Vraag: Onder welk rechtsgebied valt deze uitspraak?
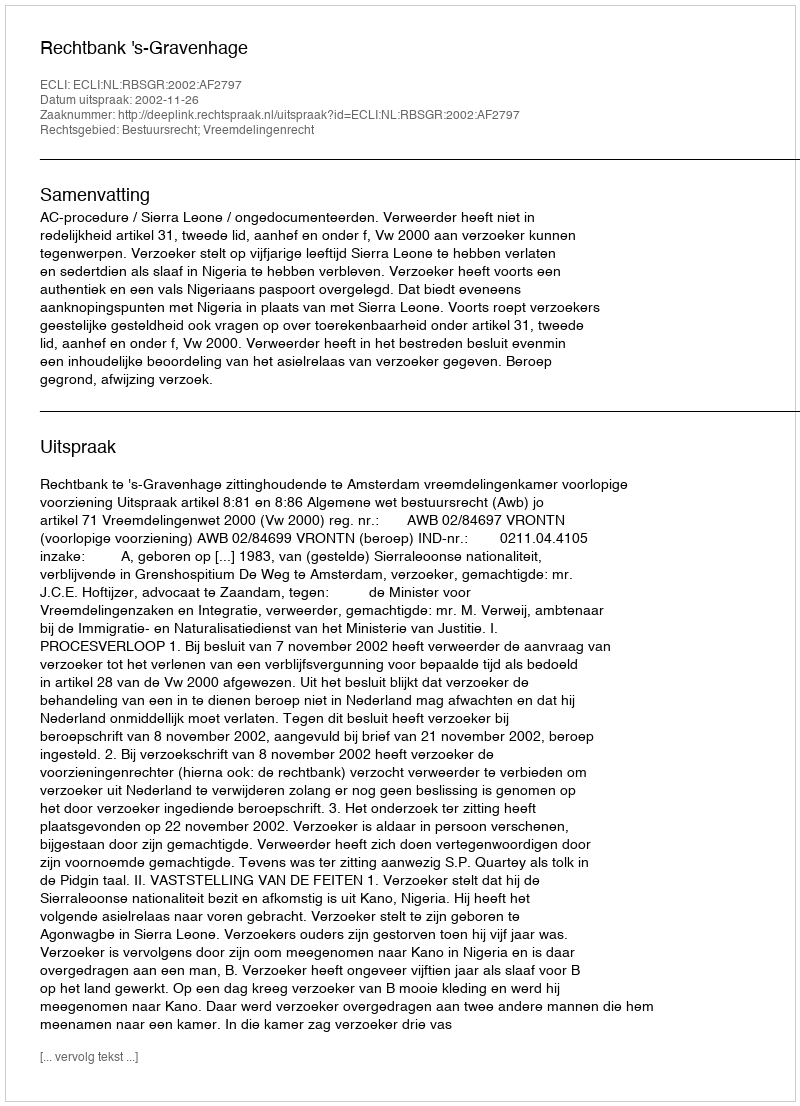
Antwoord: Bestuursrecht; Vreemdelingenrecht